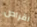
اقراص